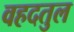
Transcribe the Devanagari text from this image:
वहदतुल